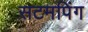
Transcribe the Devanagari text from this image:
सटमपिंग